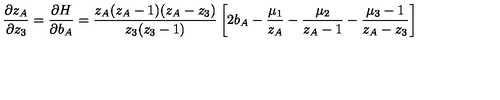
\frac { \partial z _ { A } } { \partial z _ { 3 } } = \frac { \partial H } { \partial b _ { A } } = \frac { z _ { A } ( z _ { A } - 1 ) ( z _ { A } - z _ { 3 } ) } { z _ { 3 } ( z _ { 3 } - 1 ) } \left[ 2 b _ { A } - \frac { \mu _ { 1 } } { z _ { A } } - \frac { \mu _ { 2 } } { z _ { A } - 1 } - \frac { \mu _ { 3 } - 1 } { z _ { A } - z _ { 3 } } \right]